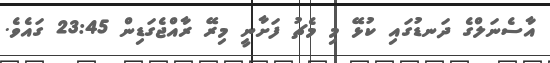
އާސެނަލްގެ ދަނޑުގައި ކުޅޭ މި މެޗު ފަށާނީ މިރޭ ރާއްޖެގަޑިން 23:45 ގައެވެ.